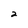
Character: 2